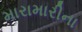
મારામારીના